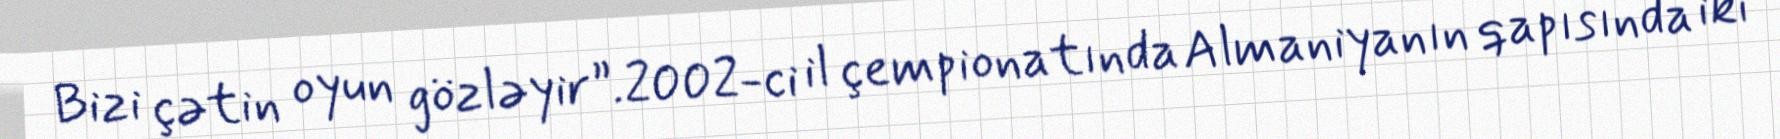
Bizi çətin oyun gözləyir”.2002-ci il çempionatında Almaniyanın qapısında iki